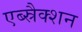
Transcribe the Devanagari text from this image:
एब्स्रैक्शन